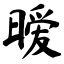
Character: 暧